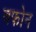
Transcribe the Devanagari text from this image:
बफोन